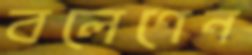
বলেণেন